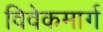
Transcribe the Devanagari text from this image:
विवेकमार्ग